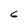
Character: 6